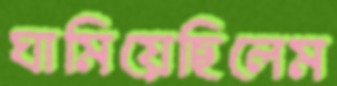
ঘামিয়েছিলেম